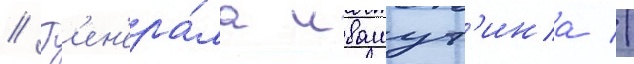
// Г'ен'ера́ла ивашут'ина //